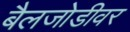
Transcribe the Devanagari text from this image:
बैलजोडीवर